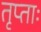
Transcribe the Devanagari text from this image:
तृप्ताः